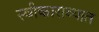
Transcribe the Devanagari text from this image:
स्वीकाराव्यात